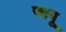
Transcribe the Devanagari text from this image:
जापू